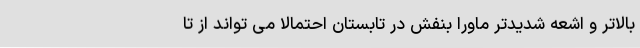
بالاتر و اشعه شدیدتر ماورا بنفش در تابستان احتمالا می تواند از تا